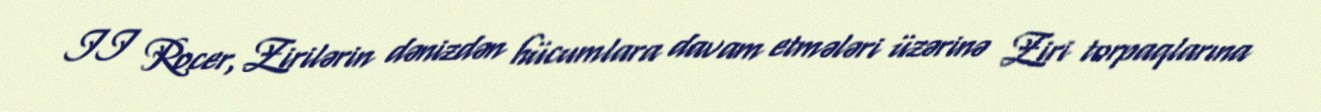
II Rocer, Zirilərin dənizdən hücumlara davam etmələri üzərinə Ziri torpaqlarına